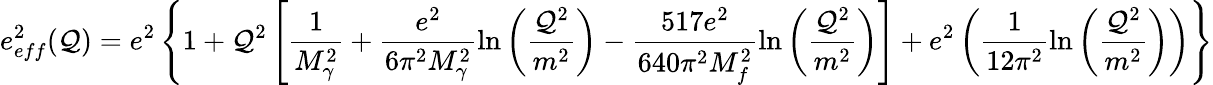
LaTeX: e_{eff}^{2}(\mathcal{Q})=e^{2}\left\lbrace1+\mathcal{Q}^{2}\left[\frac{{1}}{{M_{\gamma}^{2}}}+\frac{{e^{2}}}{{6\pi^{2}M_{\gamma}^{2}}}\ln\left(\frac{{\mathcal{Q}^{2}}}{{m^{2}}}\right)-\frac{{517e^{2}}}{{640\pi^{2}M_{f}^{2}}}\ln\left(\frac{{\mathcal{Q}^{2}}}{{m^{2}}}\right)\right]+e^{2}\left(\frac{{1}}{{12\pi^{2}}}\ln\left(\frac{{\mathcal{Q}^{2}}}{{m^{2}}}\right)\right)\right\rbrace